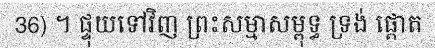
36) ។ ផ្ទុយទៅវិញ ព្រះសម្មាសម្ពុទ្ធ ទ្រង់ ផ្តោត